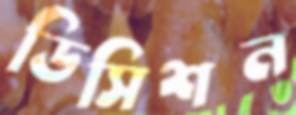
ডিসিশন